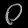
Digit: ၀